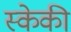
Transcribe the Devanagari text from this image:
स्केकी